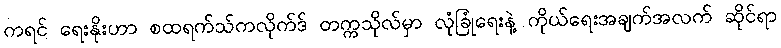
ကရင် ရေးနိုးဟာ စထရက်သ်ကလိုက်ဒ် တက္ကသိုလ်မှာ လုံခြုံရေးနဲ့ ကိုယ်ရေးအချက်အလက် ဆိုင်ရာ